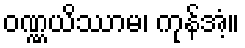
ဝဏ္ဏယိဿာမ၊ ကုန်အံ့။